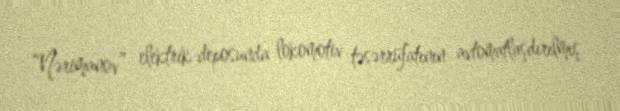
“Nərimanov” elektrik deposunda lokomotiv təsərrüfatının avtomatlaşdırılmış